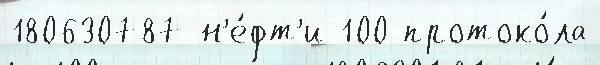
180630787 н'е́фт'и 100 протоко́ла